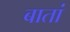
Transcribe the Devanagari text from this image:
बातां